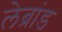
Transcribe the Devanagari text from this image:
लेब्रांड